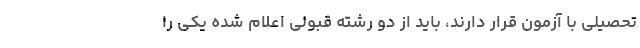
تحصیلی با آزمون قرار دارند، باید از دو رشته قبولی اعلام شده یکی را